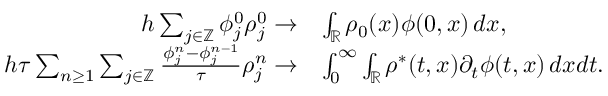
\begin{array} { r l } { h \sum _ { j \in \mathbb { Z } } \phi _ { j } ^ { 0 } \rho _ { j } ^ { 0 } \to } & { \int _ { \mathbb { R } } \rho _ { 0 } ( x ) \phi ( 0 , x ) \, d x , } \\ { h \tau \sum _ { n \geq 1 } \sum _ { j \in \mathbb { Z } } \frac { \phi _ { j } ^ { n } - \phi _ { j } ^ { n - 1 } } { \tau } \rho _ { j } ^ { n } \to } & { \int _ { 0 } ^ { \infty } \int _ { \mathbb { R } } \rho ^ { * } ( t , x ) \partial _ { t } \phi ( t , x ) \, d x d t . } \end{array}